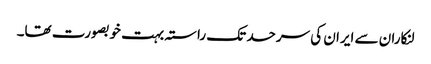
لنکاران سے ایران کی سرحد تک راستہ بہت خوبصورت تھا۔